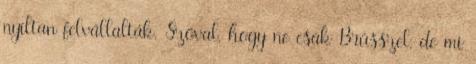
nyíltan felvállalták. Szóval, hogy ne csak Brüsszel, de mi